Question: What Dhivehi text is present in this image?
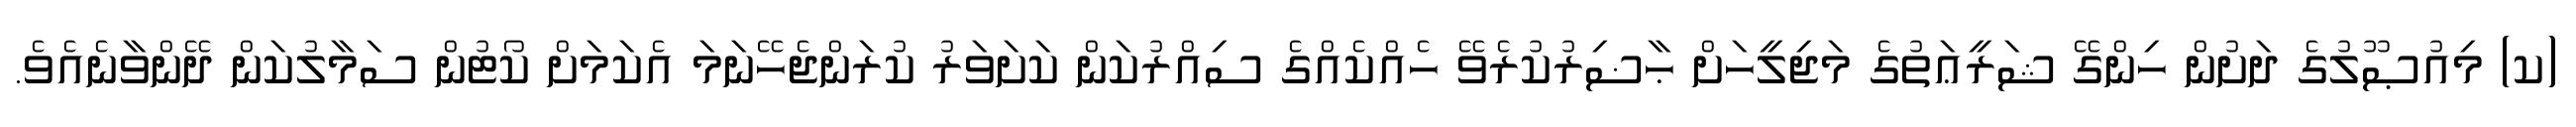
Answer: (ކ) މިއުޞޫލުގެ ދަށުން ހިންގޭ ޝަރީޢަތުގެ މަޖިލީހަށް ޙާޟިރުކުރެވޭ ހެއްކެއްގެ ސިއްރުކަން ކަށަވަރު ކުރަންޖެހޭނަމަ އެކަމަށް ކޯޓުން ސަމާލުކަން ދޭންވާނެއެވެ.